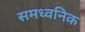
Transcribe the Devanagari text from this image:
समध्वनिक